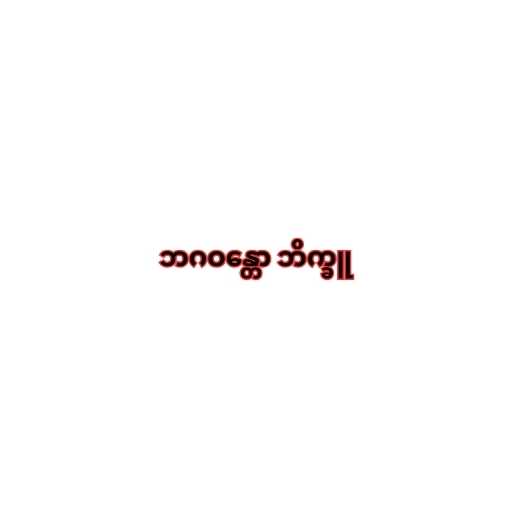
ဘဂဝန္တော ဘိက္ခူ